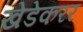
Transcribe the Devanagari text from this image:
खेडेकरर